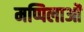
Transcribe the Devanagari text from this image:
मप्पिलाओं